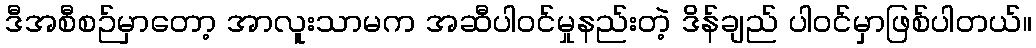
ဒီအစီစဉ်မှာတော့ အာလူးသာမက အဆီပါဝင်မှုနည်းတဲ့ ဒိန်ချည် ပါဝင်မှာဖြစ်ပါတယ်။